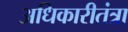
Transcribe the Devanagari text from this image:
अधिकारीतंत्रा